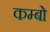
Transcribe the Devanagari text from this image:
कम्बो